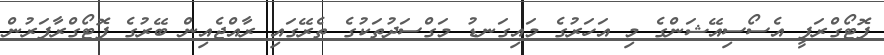
ފޮޓޯގްރަފީ އެސޯސިއޭޝަންގެ މި އަހަރުގެ މައިގަނޑު މަގްސަދުތަކުގެ ތެރޭގައި ރާއްޖެއިން ބޭރުގެ ފޮޓޯގްރާފަރުން